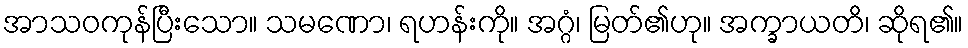
အာသဝကုန်ပြီးသော။ သမဏော၊ ရဟန်းကို။ အဂ္ဂံ၊ မြတ်၏ဟု။ အက္ခာယတိ၊ ဆိုရ၏။